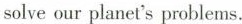
solve our planet's problems.